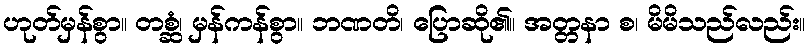
ဟုတ်မှန်စွာ။ တစ္ဆံ၊ မှန်ကန်စွာ။ ဘဏတိ၊ ပြောဆို၏။ အတ္တနာ စ၊ မိမိသည်လည်း။